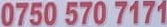
0750 5707171